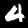
Label: 4